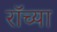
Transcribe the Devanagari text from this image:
रॉच्या